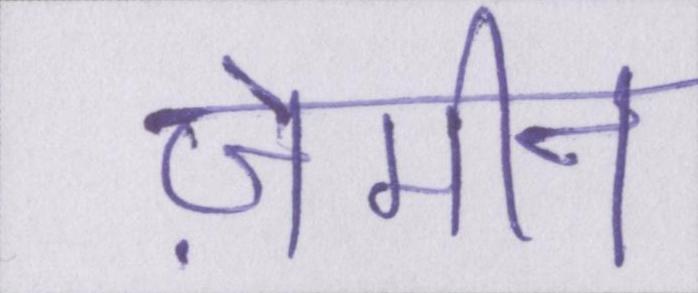
ज़मीन